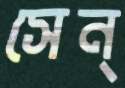
সেন্